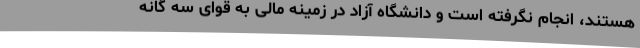
هستند، انجام نگرفته است و دانشگاه آزاد در زمینه مالی به قوای سه گانه